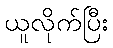
ယူလိုက်ပြီး